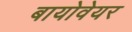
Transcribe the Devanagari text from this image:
बायोवेयर